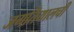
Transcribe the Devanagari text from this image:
जगतियालची